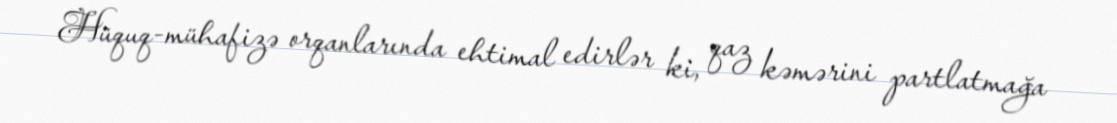
Hüquq-mühafizə orqanlarında ehtimal edirlər ki, qaz kəmərini partlatmağa